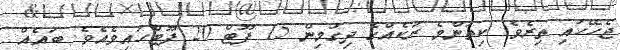
ޖެހޭހައި ތިރެވެ. ކިތަންމެ ރުކެއްގެ ދިގުމިން 15 ފޫޓް 20 ފޫޓްހައިވެއެވެ. ބައެއް